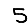
Digit: 5